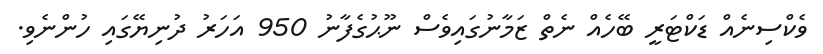
ވެކްސިނެއް ޑަކްޓަރީ ބޭހެއް ނެތް ޒަމާނުގައިވެސް ނޫޙުގެފާނު 950 އަހަރު ދުނިޔޭގައި ހުންނެވި.